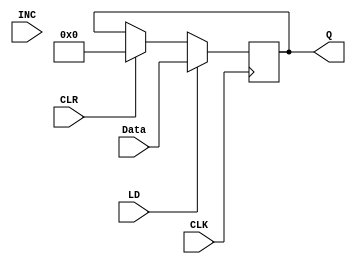
`timescale 1ns / 1ps
//////////////////////////////////////////////////////////////////////////////////
// Company: 
// Engineer: 
// 
// Design Name: 
// Module Name: AR_REG
// Project Name: 
// Target Devices: 
// Tool Versions: 
// Description: 
// 
// Dependencies: 
// 
// Revision:
// Revision 0.01 - File Created
// Additional Comments:
// 
//////////////////////////////////////////////////////////////////////////////////


module AR_REG(Q, Data, LD, CLR, INC, CLK);

	output reg [3:0] Q;
	input [3:0] Data;
	input LD, CLR, INC, CLK;
	
	initial Q = 0;
	
	always @(posedge CLK)
	
	begin
		if(LD)
			Q = Data;
			else if (CLR) 
			Q = 0;
		end
endmodule